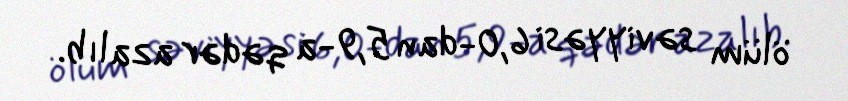
ölüm səviyyəsi 6,0-dan 5,9-a qədər azalıb.